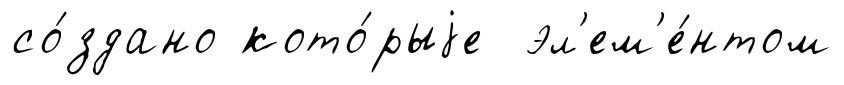
со́здано кото́рыjе эл'ем'е́нтом